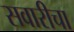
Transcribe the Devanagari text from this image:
सवारीचा